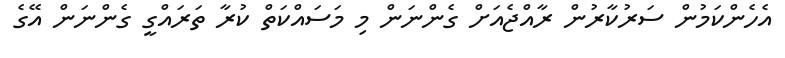
އެހެންކަމުން ސަރުކާރުން ރާއްޖެއަށް ގެންނަން މި މަސައްކަތް ކުރާ ތަރައްގީ ގެންނަން އޭގެ